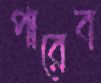
পারেব